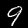
Digit: 9